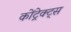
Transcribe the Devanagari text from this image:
कोंट्रेक्ट्स